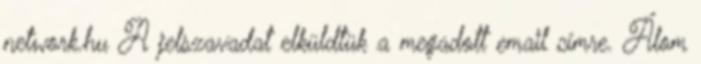
network.hu A jelszavadat elküldtük a megadott email címre. Álom